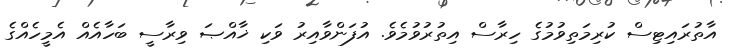
އާތުރައިޓިސް ކުރިމަތިވުމުގެ ހިރާސް އިތުރުވުމެވެ. އުފަންވާއިރު ވަކި ޚާއްޞަ ވިރާސީ ބަހާއެއް އެމީހެއްގެ